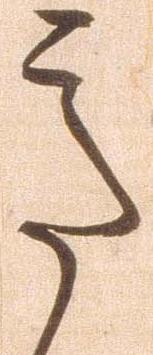
意